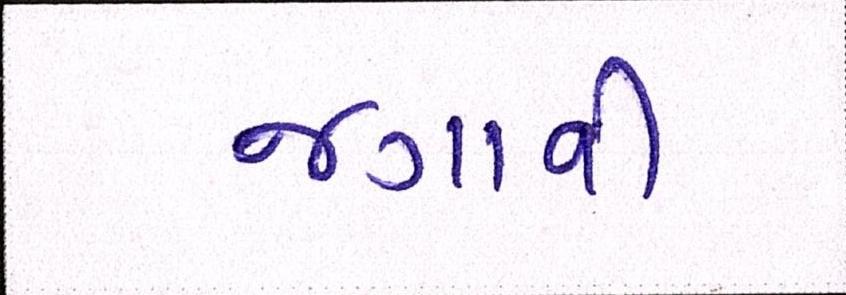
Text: જગાવી